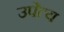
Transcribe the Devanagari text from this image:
उपेत्य